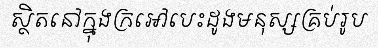
ស្ថិតនៅក្នុងក្រអៅបេះដូងមនុស្សគ្រប់រូប